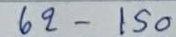
62 - 150